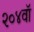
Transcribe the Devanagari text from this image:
२०४वॉ